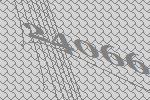
24066